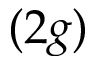
( 2 g )